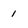
Character: I